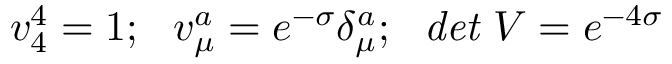
v _ { 4 } ^ { 4 } = 1 ; ~ ~ v _ { \mu } ^ { a } = e ^ { - \sigma } \delta _ { \mu } ^ { a } ; ~ ~ { \it d e t } ~ V = e ^ { - 4 \sigma }